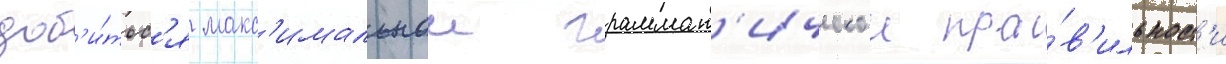
доб'и́тьс'я макс'имальнои граммат'ическои пра́в'ильност'и